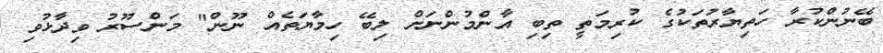
ބޭނުންކުރާ ހަތިޔާރުތަކުގެ ކުރިމަތީ ތިބި އާންމުންނަށް ލިބޭ ހިމާޔަތެއް ނޫން" މަންސޫރު ވިދާޅުވި